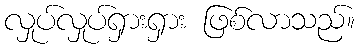
လှုပ်လှုပ်ရှားရှား ဖြစ်လာသည်။